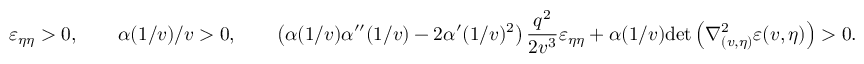
\varepsilon _ { \eta \eta } > 0 , \qquad \alpha ( 1 / v ) / v > 0 , \qquad \left( \alpha ( 1 / v ) \alpha ^ { \prime \prime } ( 1 / v ) - 2 \alpha ^ { \prime } ( 1 / v ) ^ { 2 } \right) \frac { q ^ { 2 } } { 2 v ^ { 3 } } \varepsilon _ { \eta \eta } + \alpha ( 1 / v ) \mathrm { d e t } \left( \nabla _ { ( v , \eta ) } ^ { 2 } \varepsilon ( v , \eta ) \right) > 0 .